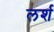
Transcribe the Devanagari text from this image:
लर्श